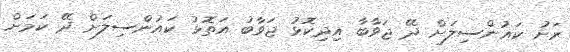
ރަށު ކައުންސިލަށް ދޭ ޖަވާބާ އިދިކޮޅު ޖަވާބު އަތޮޅު ކައުންސިލަށް ދޭ ކަމަށް